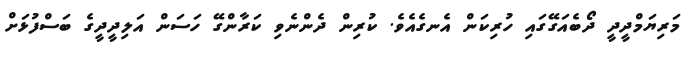
މަރިޔަމްދީދީ ދޯބެއަގޭގައި ހުރިކަން އެނގެއެވެ. ކުރިން ދެންނެވި ކަރާންގޭ ހަސަން އަލިދީދީގެ ބަސްފުޅަށް